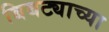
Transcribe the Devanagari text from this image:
बिबट्याच्या